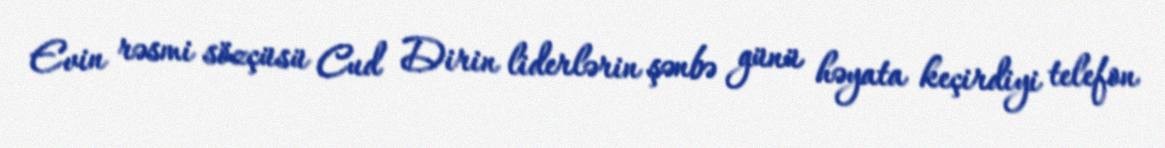
Evin rəsmi sözçüsü Cud Dirin liderlərin şənbə günü həyata keçirdiyi telefon